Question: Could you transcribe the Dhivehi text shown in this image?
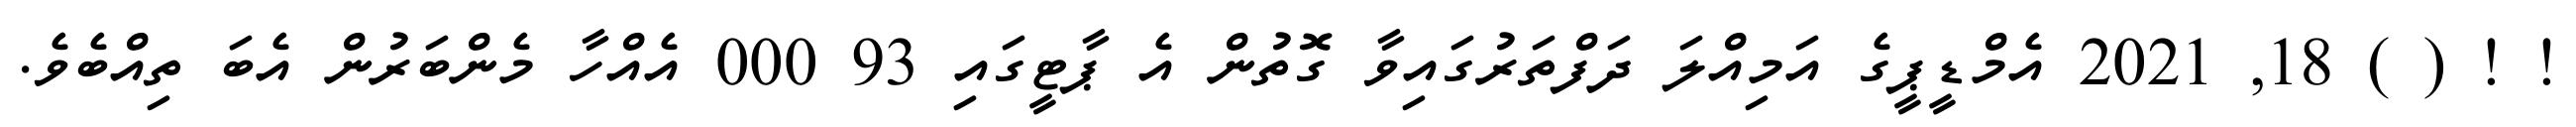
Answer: ! ! ( ) 18, 2021 އެމްޑީޕީގެ އަމިއްލަ ދަފްތަރުގައިވާ ގޮތުން އެ ޕާޓީގައި 93 000 އެއްހާ މެންބަރުން އެބަ ތިއްބެވެ.